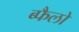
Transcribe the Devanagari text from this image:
ब्फैलो